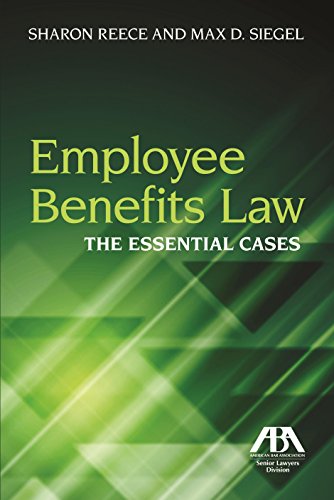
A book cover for Employee Benefits Law: The Essential Cases; Sharon Reece; Law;